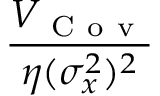
\frac { V _ { \mathrm { ~ C ~ o ~ v ~ } } } { \eta ( \sigma _ { x } ^ { 2 } ) ^ { 2 } }